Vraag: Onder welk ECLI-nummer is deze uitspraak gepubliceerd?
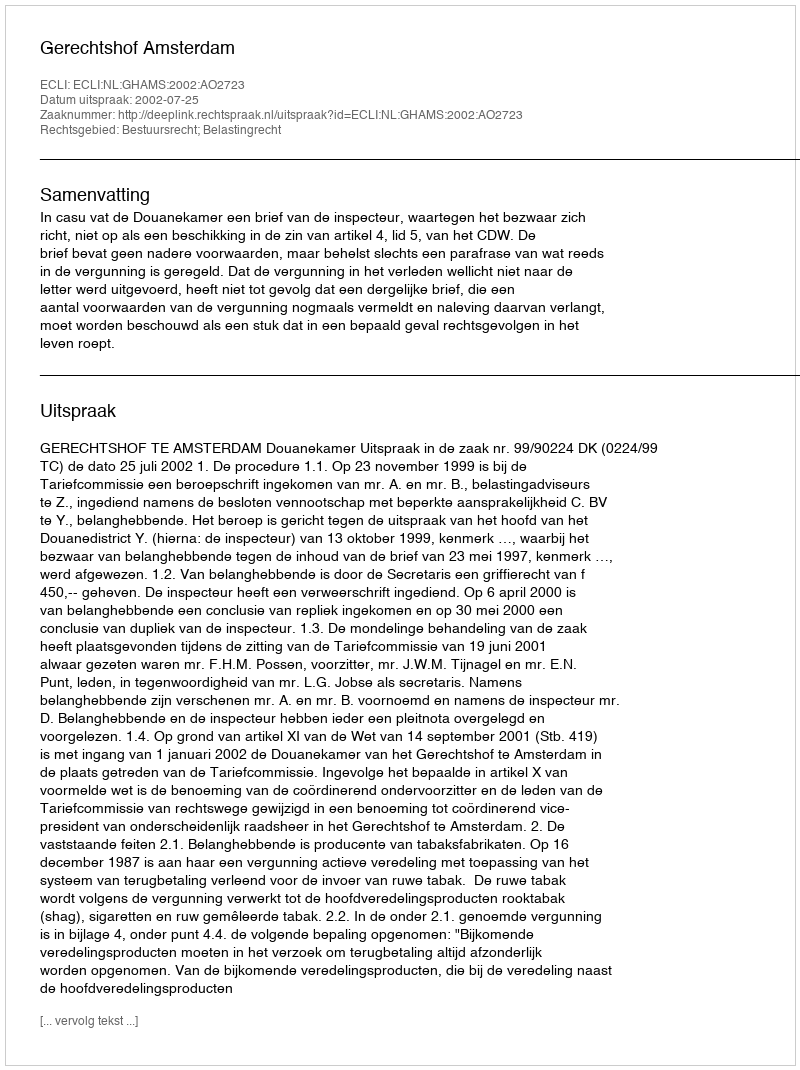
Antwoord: ECLI:NL:GHAMS:2002:AO2723